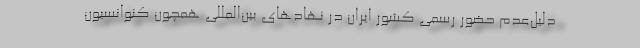
دلیل‌عدم حضور رسمی کشور ایران در نهادهای بین‌المللی همچون کنوانسیون